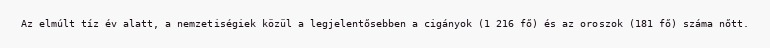
Az elmúlt tíz év alatt, a nemzetiségiek közül a legjelentősebben a cigányok (1 216 fő) és az oroszok (181 fő) száma nőtt.